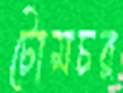
টোমচর